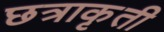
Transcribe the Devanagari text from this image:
छत्राकृती